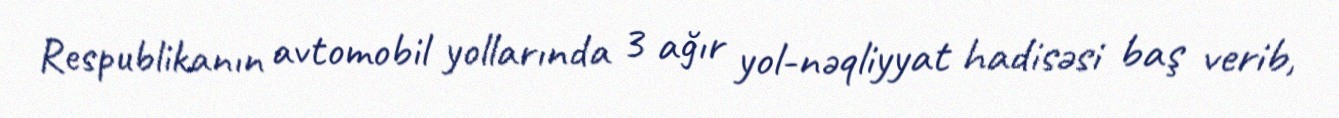
Respublikanın avtomobil yollarında 3 ağır yol-nəqliyyat hadisəsi baş verib,